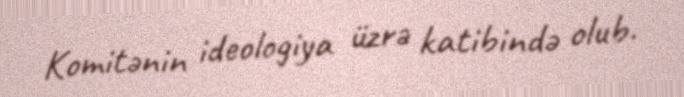
Komitənin ideologiya üzrə katibində olub.